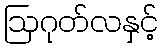
ဩဂုတ်လနှင့်